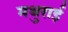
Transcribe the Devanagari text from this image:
मथुराई